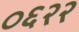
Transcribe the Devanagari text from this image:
०६२२